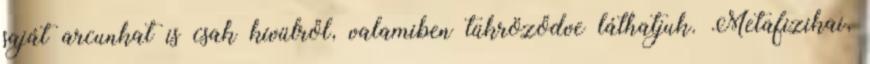
saját arcunkat is csak kívülről, valamiben tükröződve láthatjuk. Metafizikai,